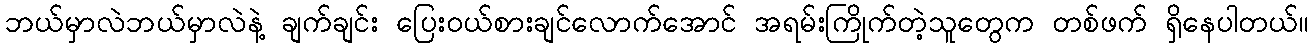
ဘယ်မှာလဲဘယ်မှာလဲနဲ့ ချက်ချင်း ပြေးဝယ်စားချင်လောက်အောင် အရမ်းကြိုက်တဲ့သူတွေက တစ်ဖက် ရှိနေပါတယ်။